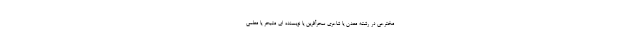
مخترعی در رشته معدن یا شاعری سحرآفرین یا نویسنده ای متبحر یا معلمی